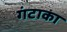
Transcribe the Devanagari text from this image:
गंटाका